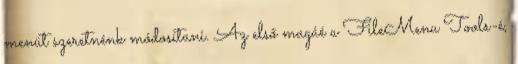
menüt szeretnénk módosítani. Az első magáé a FileMenu Tools-é,